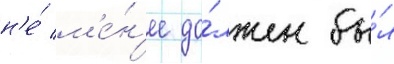
н'е́ м'е́н'ее до́лжен бы́л